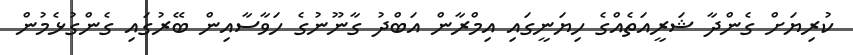
ކުރިޔަށް ގެންދާ ޝަރީއަތެއްގެ ހިޔަނީގައި އިމްރާން އަބްދު ގާނޫނުގެ ހަވާސާއިން ބޭރުގައި ގެންގުޅެމުން